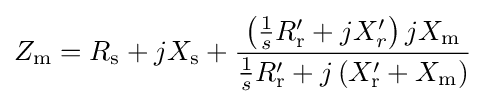
Z_{\text{m}}=R_{\text{s}}+jX_{\text{s}}+{\frac {\left({\frac {1}{s}}R_{\text{r}}'+jX_{r}'\right)jX_{\text{m}}}{{\frac {1}{s}}R_{\text{r}}'+j\left(X_{\text{r}}'+X_{\text{m}}\right)}}